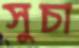
সুচা